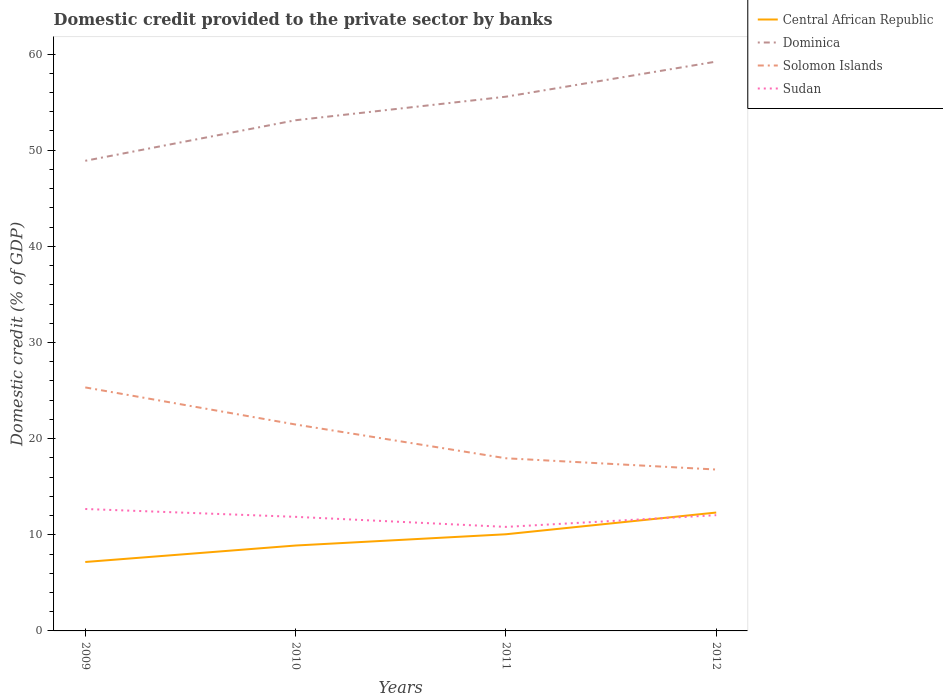
| Years | Central African Republic | Dominica | Solomon Islands | Sudan |
 | --- | --- | --- | --- | --- |
 | 2009 | 7.17 | 48.9 | 25.3 | 12.7 |
 | 2010 | 8.88 | 53.1 | 21.5 | 11.9 |
 | 2011 | 10.1 | 55.6 | 18 | 10.8 |
 | 2012 | 12.3 | 59.2 | 16.8 | 12 |